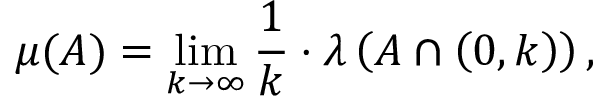
\mu ( A ) = \operatorname* { l i m } _ { k \to \infty } { \frac { 1 } { k } } \cdot \lambda \left( A \cap \left( 0 , k \right) \right) ,